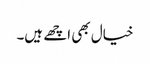
خیال بھی اچھے ہیں۔